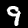
Label: 9